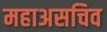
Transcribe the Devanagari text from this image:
महाअसचिव